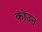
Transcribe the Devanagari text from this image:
कोउन